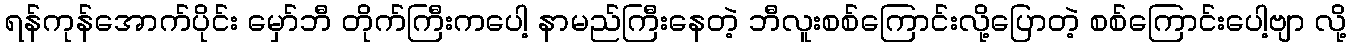
ရန်ကုန်အောက်ပိုင်း မှော်ဘီ တိုက်ကြီးကပေါ့ နာမည်ကြီးနေတဲ့ ဘီလူးစစ်ကြောင်းလို့ပြောတဲ့ စစ်ကြောင်းပေါ့ဗျာ လို့